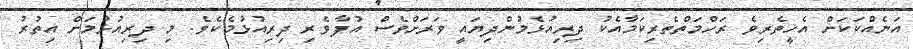
އަނެއްކަކަށް އެހީތެރިވެ ރަހްމަތްތެރިިކަމާއެކު ދިރިއުޅެމުންދިޔައީ ވަރަށްވެސް އުފާވެރި ދިރިއުޅުމެކެވެ. މި ދިރިއުޅުމަށް އިތުރު